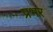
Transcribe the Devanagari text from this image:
प्रभर